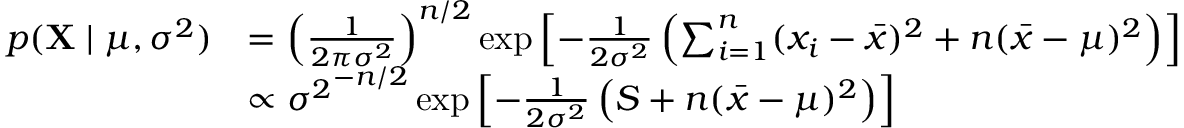
{ \begin{array} { r l } { p ( \mathbf { X } \mid \mu , \sigma ^ { 2 } ) } & { = \left( { \frac { 1 } { 2 \pi \sigma ^ { 2 } } } \right) ^ { n / 2 } \exp \left[ - { \frac { 1 } { 2 \sigma ^ { 2 } } } \left( \sum _ { i = 1 } ^ { n } ( x _ { i } - { \bar { x } } ) ^ { 2 } + n ( { \bar { x } } - \mu ) ^ { 2 } \right) \right] } \\ & { \propto { \sigma ^ { 2 } } ^ { - n / 2 } \exp \left[ - { \frac { 1 } { 2 \sigma ^ { 2 } } } \left( S + n ( { \bar { x } } - \mu ) ^ { 2 } \right) \right] } \end{array} }